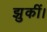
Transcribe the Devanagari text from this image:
झुकीं।